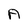
Character: A